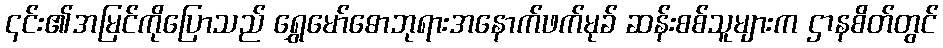
၎င်း၏အမြင်ကိုပြောသည် ရွှေမော်ဓောဘုရားအနောက်ဖက်မုခ် ဆန်းစစ်သူများက ဌာနစိတ်တွင်